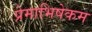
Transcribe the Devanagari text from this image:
प्रेमाभिषेकम